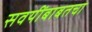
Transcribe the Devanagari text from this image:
सवयींबाबतचा